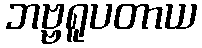
ဘဗ္ဗရူပတာယ